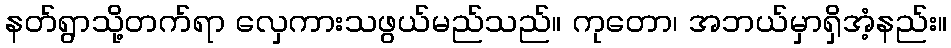
နတ်ရွာသို့တက်ရာ လှေကားသဖွယ်မည်သည်။ ကုတော၊ အဘယ်မှာရှိအံ့နည်း။